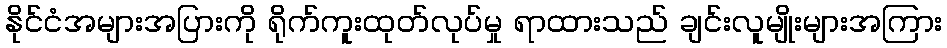
နိုင်ငံအများအပြားကို ရိုက်ကူးထုတ်လုပ်မှု ရာထားသည် ချင်းလူမျိုးများအကြား